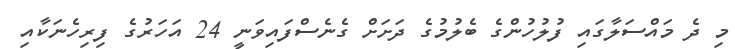
މި ދެ މައްސަލާގައި ފުލުހުންގެ ބެލުމުގެ ދަށަށް ގެނެސްފައިވަނީ 24 އަހަރުގެ ފިރިހެނަކާއި